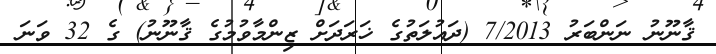
ޤާނޫނު ނަންބަރު 7/2013 (ދައުލަތުގެ ޚަރަދަށް ޒިންމާވުމުގެ ޤާނޫނު) ގެ 32 ވަނަ